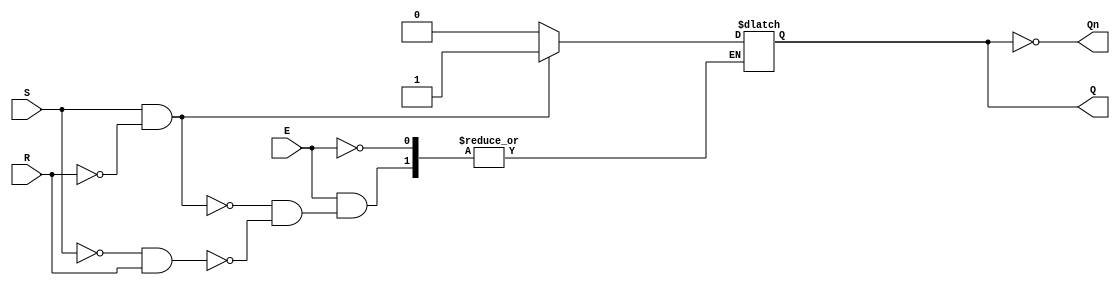
module GatedSRLatch (
    input wire S,     // Set input
    input wire R,     // Reset input
    input wire E,     // Enable input
    output reg Q,     // Output Q
    output wire Qn    // Complementary output Q'
);
    // Complementary output
    assign Qn = ~Q;

    always @(E or S or R) begin
        if (E) begin
            if (S && ~R) begin
                Q <= 1;    // Set state
            end else if (~S && R) begin
                Q <= 0;    // Reset state
            end else if (S && R) begin
                // Both S and R are high: maintain current state (not valid condition)
                // No change occurs, so we can ignore this case
            end
            // If S = 0 and R = 0, it maintains the previous state automatically
        end
        // If E = 0, Q maintains its state as per the previous value (no change)
    end
endmodule